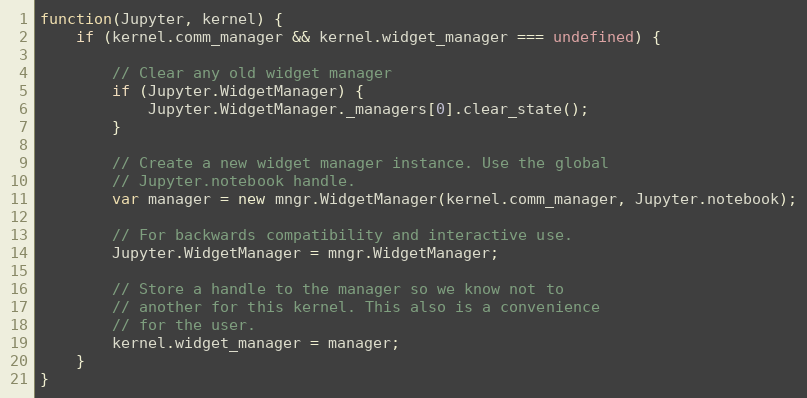
Language: JavaScript
function(Jupyter, kernel) {
    if (kernel.comm_manager && kernel.widget_manager === undefined) {

        // Clear any old widget manager
        if (Jupyter.WidgetManager) {
            Jupyter.WidgetManager._managers[0].clear_state();
        }

        // Create a new widget manager instance. Use the global
        // Jupyter.notebook handle.
        var manager = new mngr.WidgetManager(kernel.comm_manager, Jupyter.notebook);

        // For backwards compatibility and interactive use.
        Jupyter.WidgetManager = mngr.WidgetManager;

        // Store a handle to the manager so we know not to
        // another for this kernel. This also is a convenience
        // for the user.
        kernel.widget_manager = manager;
    }
}